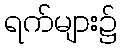
ရက်များ၌